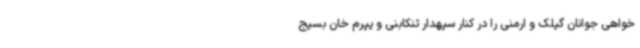
‌خواهی جوانان گیلک و ارمنی را در کنار سپهدار تنکابنی و یپرم خان بسیج